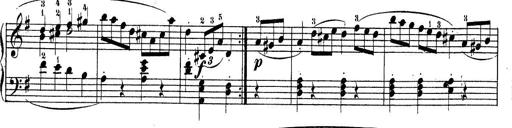
Title: Piano Sonatine No.2
Composer: Peter Piel
Key: G major